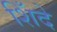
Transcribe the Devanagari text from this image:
शिँदे